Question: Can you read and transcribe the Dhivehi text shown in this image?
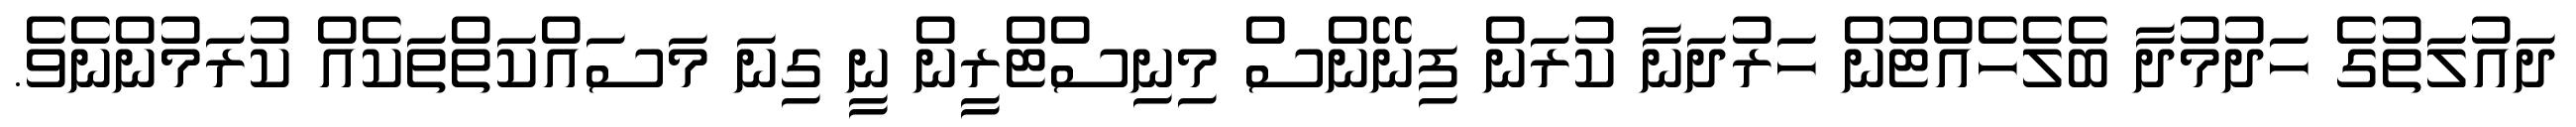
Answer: ދައުލަތުގެ ހަދުމުދާ ބެލެހެއްޓުން ހަރުދަނާ ކުރަން ފިނޭންސް މިނިސްޓްރީން ނީ ގިނަ މަސައްކަތްތަކެއް ކުރަމުންނެވެ.